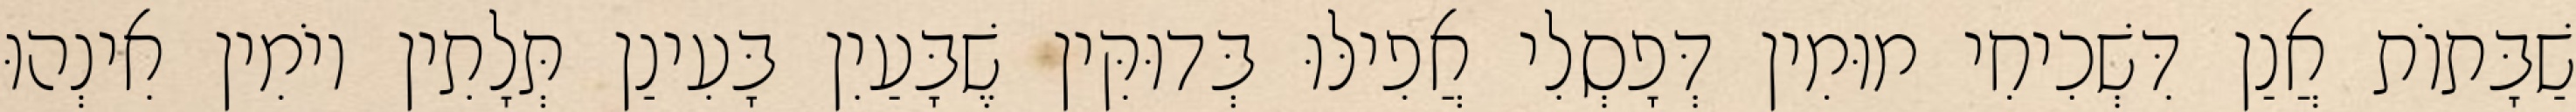
שַׁבָּתוֹת אֲנַן דִּשְׁכִיחִי מוּמִין דְּפָסְלִי אֲפִילּוּ בְּדוּקִּין שֶׁבָּעַיִן בָּעִינַן תְּלָתִין יוֹמִין אִינְהוּ